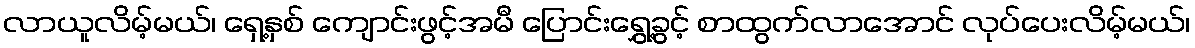
လာယူလိမ့်မယ်၊ ရှေ့နှစ် ကျောင်းဖွင့်အမီ ပြောင်းရွှေ့ခွင့် စာထွက်လာအောင် လုပ်ပေးလိမ့်မယ်၊